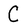
Character: C